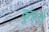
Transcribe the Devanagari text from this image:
कुंहरों